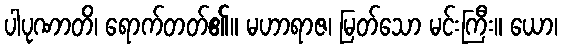
ပါပုဏာတိ၊ ရောက်တတ်၏။ မဟာရာဇ၊ မြတ်သော မင်းကြီး။ ယော၊